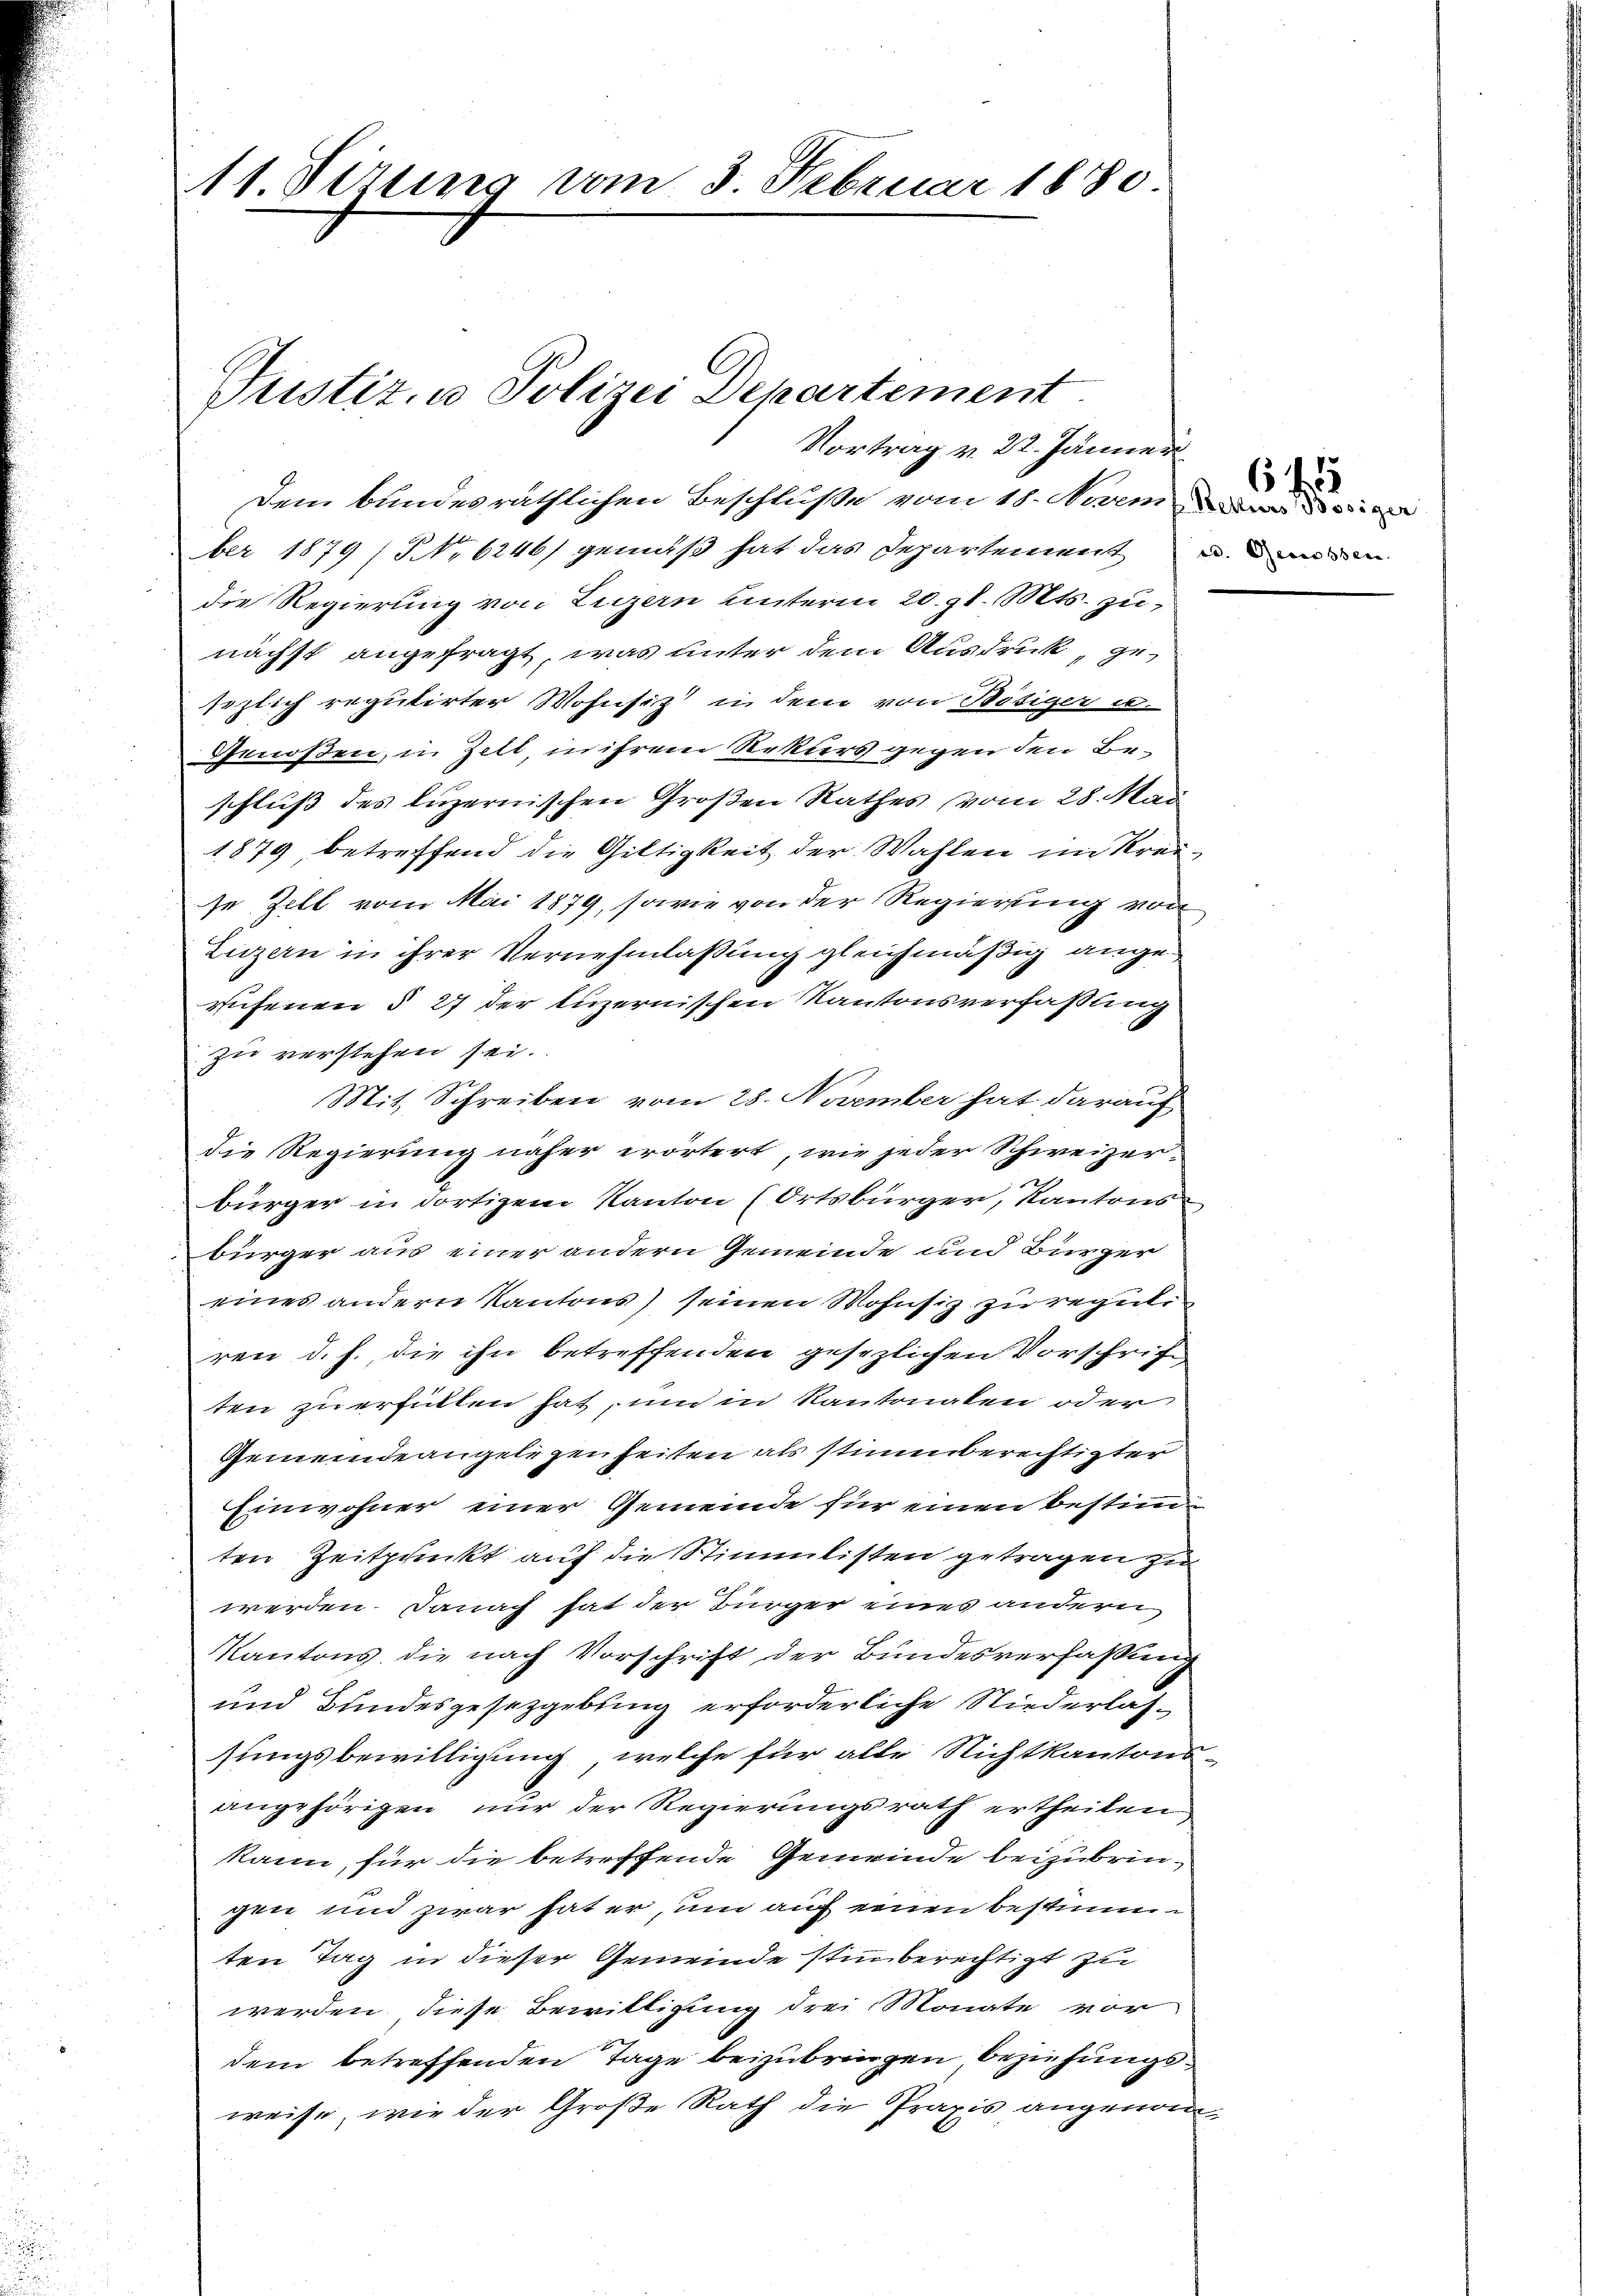
11. Fertig vom 3. Februar 1880

Vortrag v. 22. Jänner
Dem bundesräthlichen Beschluße vom 18. Novem

Justiz, u. Polizei Departement.

ber 1879 (NNo. 6246) gemäß hat das Departementen
die Regierung von Luzern unterm 20. gl. Mts. zunächst angefragt, was unter dem Ausdruck, gesezlich reputirter Wohnsiz in dem von Bösiger a.
Genoßen, in Zell, in ihrem Rekurs gegen den Beschluß des luzernischen Großen Rathes vom 28. Mai
1879, betreffend die Giltigkeit der Wahlen im Kreise Zell vom Mai 1879, sowie von der Regierung von
Luzern in ihrer Vernehmlassung gleichmäßig ange
rufenen § 27 der luzernischen Kantonsverfaßung
zu verstehen sei.
Mit Schreiben vom 28. November hat darauf
die Regierung näher erörtert, wie jeder Schweizer-
bürger in dortigem Kanton (Ortsbürger, Kantonsbürger aus einer andern Gemeinde und Bürger
eines andern Kantons seinen Wohnsiz zu regute
ren d. h. die ihn betreffenden gesezlichen Vorschrift
ten zu erfüllen hat, um in Kantonalen oder
Gemeindeangelegenheiten als stimmberechtigter
Einwohner einer Gemeinde für einen bestimten Zeitpunkt auf die Stimmlisten getragen zu
werden. Danach hat der Bürger eines andern
Kantons, die nach Vorschrift der Bundesverfassung
und Bundesgesetzgebung erforderliche Niederlassungsbewilligung, welche für alle Nichtkantons-
angehörigen nur der Regierungsrath ertheilen.
kann, für die betreffende Gemeinde beizubringen und zwar hat er, um auf einen bestimmten Tag in dieser Gemeinde stimmberechtigt zu
werden, diese Bewilligung drei Monate vor
dem betreffenden Tage beizubringen beziehungsweise, wie der Große Rath die Praxis angenom¬

65